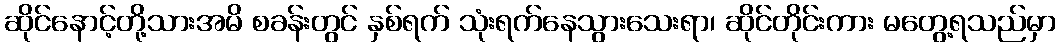
ဆိုင်နောင့်တို့သားအမိ စခန်းတွင် နှစ်ရက် သုံးရက်နေသွားသေးရာ၊ ဆိုင်တိုင်းကား မတွေ့ရသည်မှာ